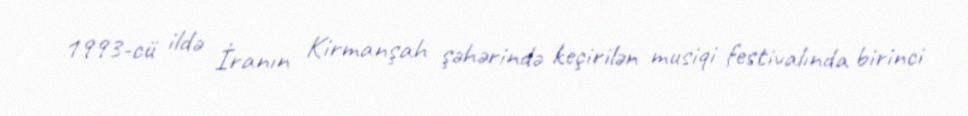
1993-cü ildə İranın Kirmanşah şəhərində keçirilən musiqi festivalında birinci